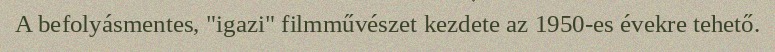
A befolyásmentes, "igazi" filmművészet kezdete az 1950-es évekre tehető.